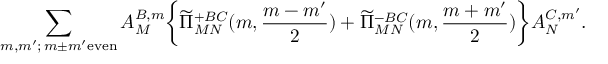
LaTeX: \sum _ { m , m ^ { \prime } ; \, m \pm m ^ { \prime } \mathrm { e v e n } } A _ { M } ^ { B , m } \biggl \{ \widetilde \Pi _ { M N } ^ { + B C } ( m , \frac { m - m ^ { \prime } } { 2 } ) + \widetilde \Pi _ { M N } ^ { - B C } ( m , \frac { m + m ^ { \prime } } { 2 } ) \biggr \} A _ { N } ^ { C , m ^ { \prime } } .